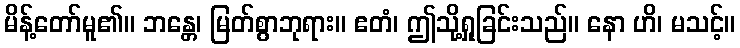
မိန့်တော်မူ၏။ ဘန္တေ၊ မြတ်စွာဘုရား။ ဧတံ၊ ဤသို့ရှုခြင်းသည်။ နော ဟိ၊ မသင့်။